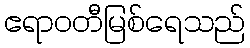
ဧရာဝတီမြစ်ရေသည်